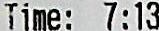
TIME: 7:13